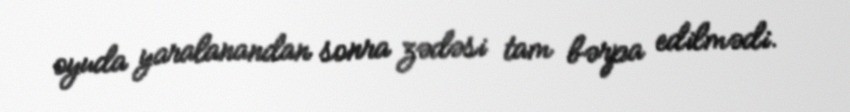
oyuda yaralanandan sonra zədəsi tam bərpa edilmədi.